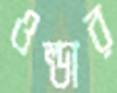
ওল্ডার